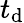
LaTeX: t_{\mathrm{d}}